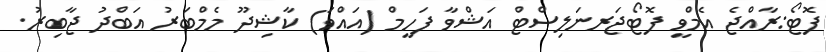
ފޮޓޯ:ރާއްޖެ އެމްވީ ފޮޓޯޖަރނަލިސްޓް އަޝްވާ ފަހީމް (އައްވަ) ކާޝިދޫ މެމްބަރު އަބްދު ޖާބިރު.